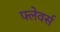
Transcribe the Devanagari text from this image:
फ्लेवर्स